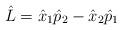
LaTeX: \begin{align*}\hat{L} = \hat{x}_1 \hat{p}_2 - \hat{x}_2 \hat{p}_1\end{align*}